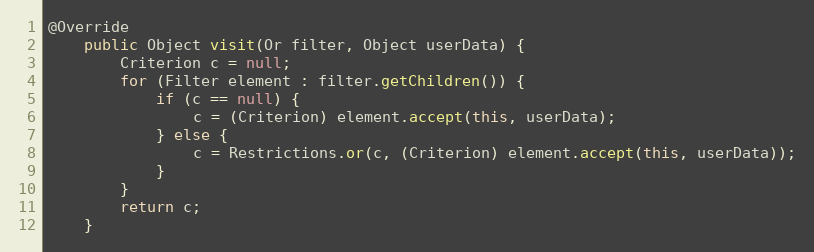
Language: Java
@Override
	public Object visit(Or filter, Object userData) {
		Criterion c = null;
		for (Filter element : filter.getChildren()) {
			if (c == null) {
				c = (Criterion) element.accept(this, userData);
			} else {
				c = Restrictions.or(c, (Criterion) element.accept(this, userData));
			}
		}
		return c;
	}